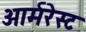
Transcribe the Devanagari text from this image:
आर्मरेस्ट